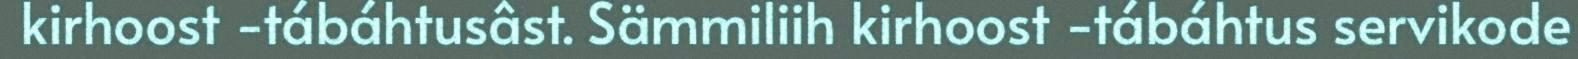
kirhoost -tábáhtusâst. Sämmiliih kirhoost -tábáhtus servikode